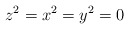
\begin{align*}z^2=x^2=y^2=0\end{align*}